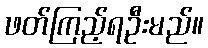
ဖတ်ကြည့်ရဦးမည်။